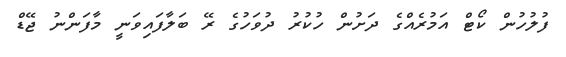
ފުލުހުން ކޯޓް އަމުރެއްގެ ދަށުން ހުކުރު ދުވަހުގެ ރޭ ބަލާފައިވަނީ މާފަންނު ޖޭޑް